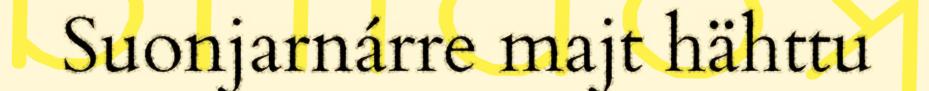
Suonjarnárre majt hähttu